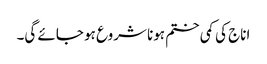
اناج کی کمی ختم ہونا شروع ہو جائے گی۔